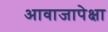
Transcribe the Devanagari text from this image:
आवाजापेक्षा